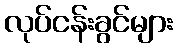
လုပ်ငန်းခွင်များ